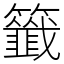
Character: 籤